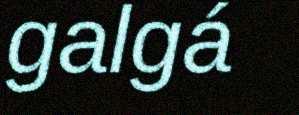
galgá